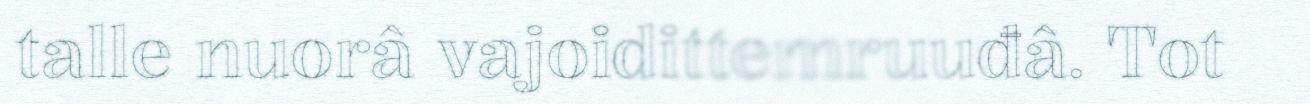
talle nuorâ vajoidittemruuđâ. Tot